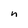
Character: n